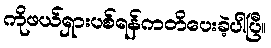
ကိုဖယ်ရှားပစ်ရန်ကတိပေးခဲ့ပါပြီ။